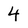
Character: 4